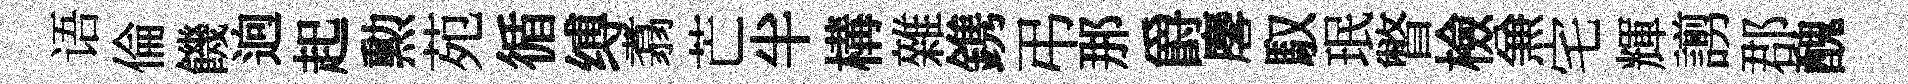
语倫饑逈起勲苑循缚翥芒半構雜鎸弔那爵麐馭珉瞥檢𠔥宅輝謭郡醜